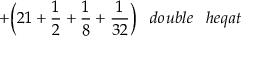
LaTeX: + { \bigg ( } 2 1 + { \frac { 1 } { 2 } } + { \frac { 1 } { 8 } } + { \frac { 1 } { 3 2 } } { \bigg ) } \; \; \; d o u b l e \; \; \; h e q a t